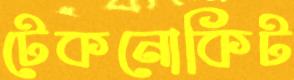
টেকনোকিট